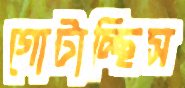
গোটাচ্ছিস